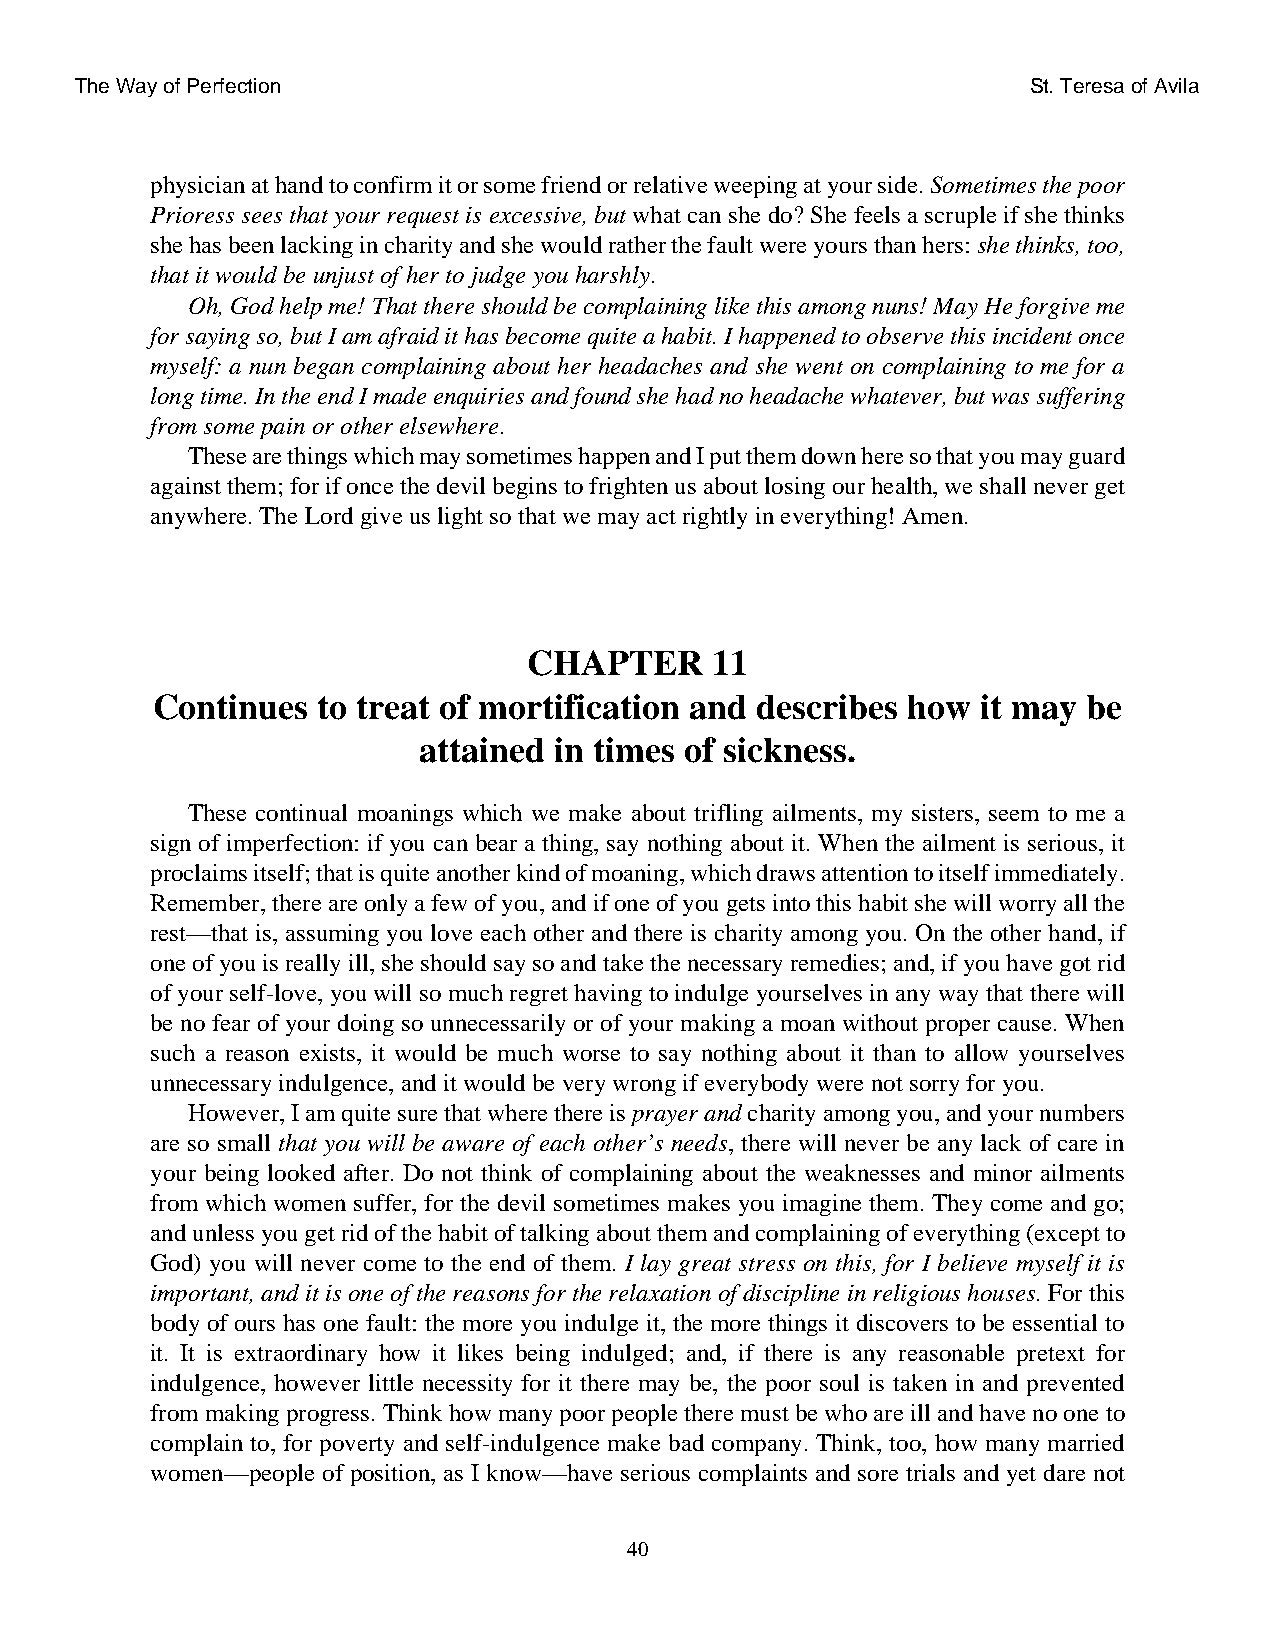
The Way of Perfection                                          St. Teresa of Avila
 physician at hand to confirm it or some friend or relative weeping at your side. Sometimes the poor
 Prioress sees that your request is excessive, but what can she do? She feels a scruple if she thinks
 she has been lacking in charity and she would rather the fault were yours than hers: she thinks, too,
 that it would be unjust of her to judge you harshly.
 Oh, God help me! That there should be complaining like this among nuns! May He forgive me
 for saying so, but I am afraid it has become quite a habit. I happened to observe this incident once
 myself: a nun began complaining about her headaches and she went on complaining to me for a
 long time. In the end I made enquiries and found she had no headache whatever, but was suffering
 from some pain or other elsewhere.
 These are things which may sometimes happen and I put them down here so that you may guard
 against them; for if once the devil begins to frighten us about losing our health, we shall never get
 anywhere. The Lord give us light so that we may act rightly in everything! Amen.
 CHAPTER     11
 Continues  to treat of mortification and describes how it may be
 attained in times of sickness.
 These continual moanings which we make about trifling ailments, my sisters, seem to me a
 sign of imperfection: if you can bear a thing, say nothing about it. When the ailment is serious, it
 proclaims itself; that is quite another kind of moaning, which draws attention to itself immediately.
 Remember, there are only a few of you, and if one of you gets into this habit she will worry all the
 rest—that is, assuming you love each other and there is charity among you. On the other hand, if
 one of you is really ill, she should say so and take the necessary remedies; and, if you have got rid
 of your self-love, you will so much regret having to indulge yourselves in any way that there will
 be no fear of your doing so unnecessarily or of your making a moan without proper cause. When
 such a reason exists, it would be much worse to say nothing about it than to allow yourselves
 unnecessary indulgence, and it would be very wrong if everybody were not sorry for you.
 However, I am quite sure that where there is prayer and charity among you, and your numbers
 are so small that you will be aware of each other’s needs, there will never be any lack of care in
 your being looked after. Do not think of complaining about the weaknesses and minor ailments
 from which women suffer, for the devil sometimes makes you imagine them. They come and go;
 and unless you get rid of the habit of talking about them and complaining of everything (except to
 God) you will never come to the end of them. I lay great stress on this, for I believe myself it is
 important, and it is one of the reasons for the relaxation of discipline in religious houses. For this
 body of ours has one fault: the more you indulge it, the more things it discovers to be essential to
 it. It is extraordinary how it likes being indulged; and, if there is any reasonable pretext for
 indulgence, however little necessity for it there may be, the poor soul is taken in and prevented
 from making progress. Think how many poor people there must be who are ill and have no one to
 complain to, for poverty and self-indulgence make bad company. Think, too, how many married
 women—people of position, as I know—have serious complaints and sore trials and yet dare not
 40